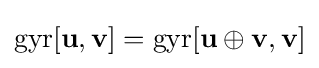
\mathrm {gyr} [\mathbf {u} ,\mathbf {v} ]=\mathrm {gyr} [\mathbf {u} \oplus \mathbf {v} ,\mathbf {v} ]